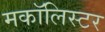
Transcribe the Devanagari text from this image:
मकॉलिस्टर